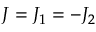
J = J _ { 1 } = - J _ { 2 }